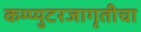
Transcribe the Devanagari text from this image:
कम्प्युटरजागृतीचा